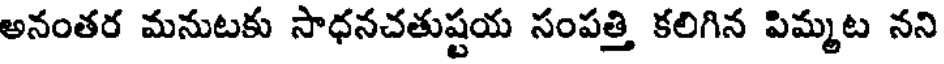
అనంతర మనుటకు సాధనచతుష్టయ సంపత్తి కలిగిన పిమ్మట నని